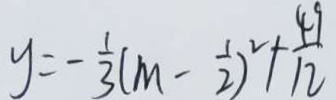
y = - \frac { 1 } { 3 } ( m - \frac { 1 } { 2 } ) ^ { 2 } + \frac { 4 9 } { 1 2 }